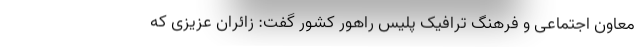
معاون اجتماعی و فرهنگ ترافیک پلیس راهور کشور گفت: زائران عزیزی که